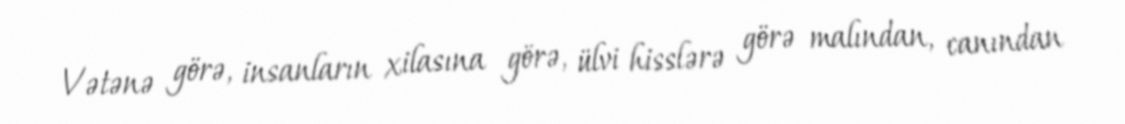
Vətənə görə, insanların xilasına görə, ülvi hisslərə görə malından, canından